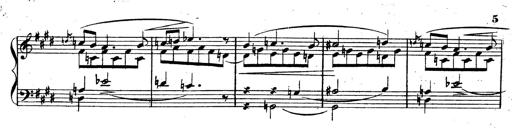
Title: 3 Caprices-Valses
Composer: Franz Liszt